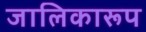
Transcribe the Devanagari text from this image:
जालिकारूप